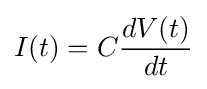
I(t)=C{\frac {dV(t)}{dt}}